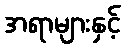
အရာများနှင့်